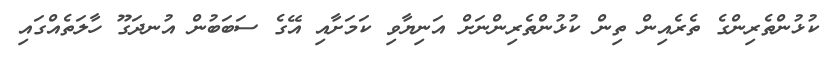
ކުޅުންތެރިންގެ ތެރެއިން ތިން ކުޅުންތެރިންނަށް އަނިޔާވި ކަމަށާއި އޭގެ ސަބަބުން އުނދަގޫ ހާލަތެއްގައި